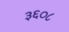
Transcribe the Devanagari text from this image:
३६०८